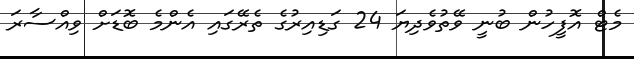
މެޓް އޮފީހުން ބުނީ ވޭތުވެދިޔަ 24 ގަޑިއިރުގެ ތެރޭގައި އެންމެ ބޮޑަށް ވިއްސާރަ